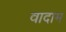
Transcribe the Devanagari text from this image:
वादाम